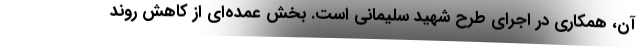
آن، همکاری در اجرای طرح شهید سلیمانی است. بخش عمده‌ای از کاهش روند